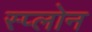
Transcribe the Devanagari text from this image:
स्प्लोन